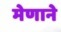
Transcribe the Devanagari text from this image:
मेणाने